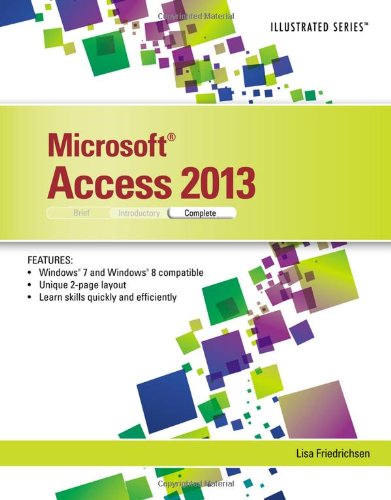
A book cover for Microsoft Access 2013: Illustrated Complete; Lisa Friedrichsen; Computers & Technology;